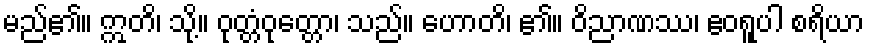
မည်၏။ ဣတိ၊ သို့။ ဝုတ္တံဝုတ္တော၊ သည်။ ဟောတိ၊ ၏။ ဝိညာဏဿ၊ ဧဝရူပါ စရိယာ